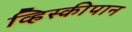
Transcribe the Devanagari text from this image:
व्हिस्कीपान